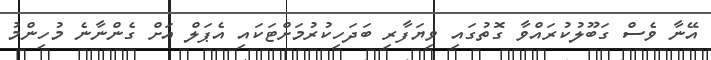
އޭނާ ވެސް ގަބޫލުކުރައްވާ ގޮތުގައި ވިޔަފާރި ބަދަހިކުރުމަށްޓަކައި އެޕަލް އަށް ގެންނާނެ މުހިންމު